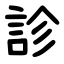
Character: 診